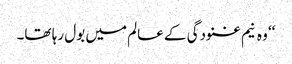
‘‘ وہ نیم غنودگی کے عالم میں بول رہا تھا۔